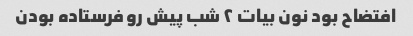
افتضاح بود نون بیات ٢ شب پیش رو فرستاده بودن